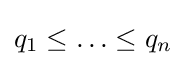
q_{1}\leq \ldots \leq q_{n}